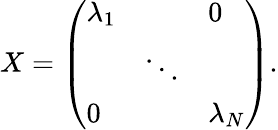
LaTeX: X=\left(\begin{array}{lll}{{\lambda_{1}}}&{{}}&{{0}}\\ {{}}&{{\ddots}}&{{}}\\ {{0}}&{{}}&{{\lambda_{N}}}\end{array}\right).